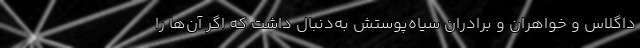
داگلاس و خواهران و برادران سیاه‌پوستش به‌دنبال داشت که اگر آن‌ها را